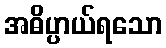
အဓိပ္ပာယ်ရသော